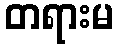
တရားမ